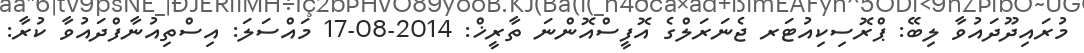
މުރައިދޫދައުވާ ލިބޭ: ޕްރޮސިކިއުޓަރ ޖެނަރަލްގެ އޮފީސްއޮންނަ ތާރީޚް: 2014-08-17 މައްސަލަ: އިސްތިއުނާފްދައުވާ ކުރާ: